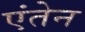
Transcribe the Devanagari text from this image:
एंतेन